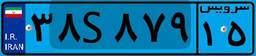
۱۶S۲۵۳۹۹